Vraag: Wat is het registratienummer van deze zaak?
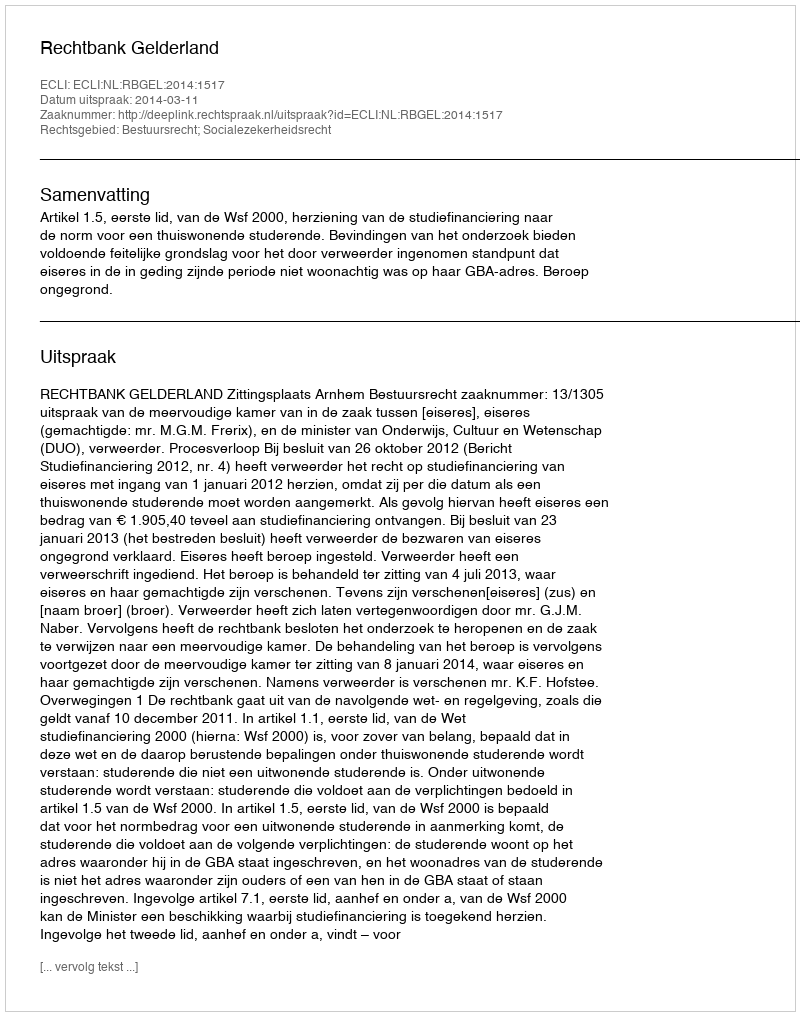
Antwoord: http://deeplink.rechtspraak.nl/uitspraak?id=ECLI:NL:RBGEL:2014:1517